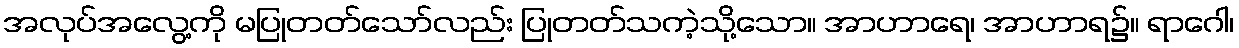
အလုပ်အလွေ့ကို မပြုတတ်သော်လည်း ပြုတတ်သကဲ့သို့သော။ အာဟာရေ၊ အာဟာရ၌။ ရာဂေါ၊